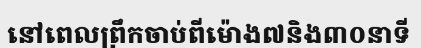
នៅពេលព្រឹកចាប់ពីម៉ោង៧និង៣០នាទី